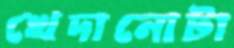
খেদানোটা